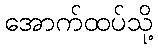
အောက်ထပ်သို့